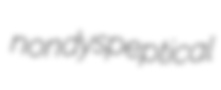
nondyspeptical